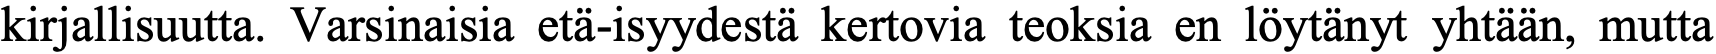
kirjallisuutta. Varsinaisia etä-isyydestä kertovia teoksia en löytänyt yhtään, mutta